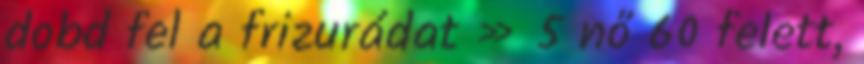
dobd fel a frizurádat » 5 nő 60 felett,